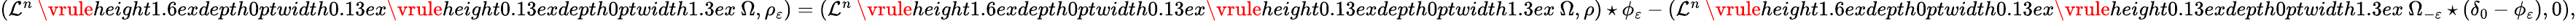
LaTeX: \begin{array}{r}{(\mathcal{L}^{n}\mathbin{\vrule height1.6exdepth0ptwidth0.13ex\vrule height0.13exdepth0ptwidth1.3ex}\Omega,\rho_{\varepsilon})=(\mathcal{L}^{n}\mathbin{\vrule height1.6exdepth0ptwidth0.13ex\vrule height0.13exdepth0ptwidth1.3ex}\Omega,\rho)\star\phi_{\varepsilon}-(\mathcal{L}^{n}\mathbin{\vrule height1.6exdepth0ptwidth0.13ex\vrule height0.13exdepth0ptwidth1.3ex}\Omega_{-\varepsilon}\star(\delta_{0}-\phi_{\varepsilon}),0),}\end{array}